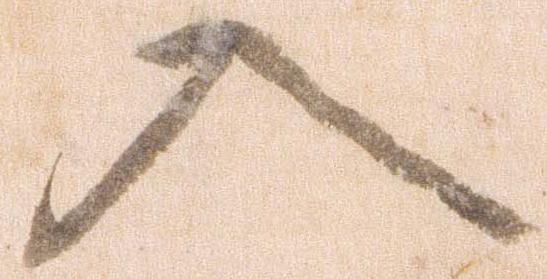
入